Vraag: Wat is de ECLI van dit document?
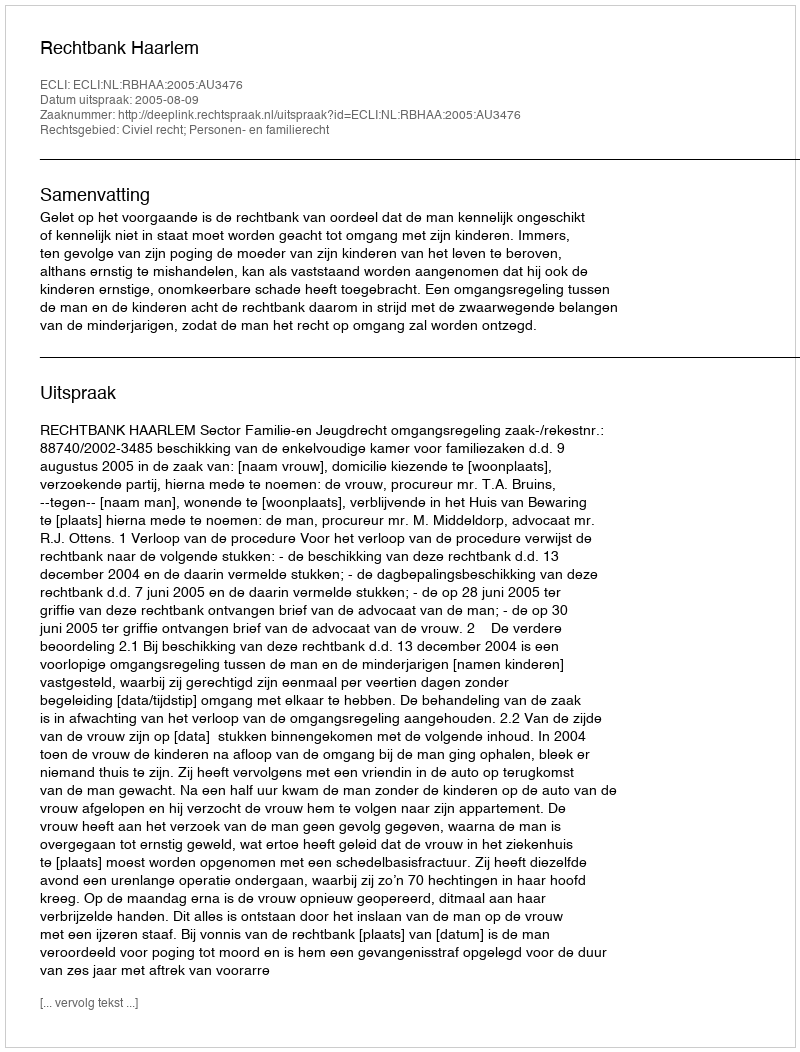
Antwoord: ECLI:NL:RBHAA:2005:AU3476